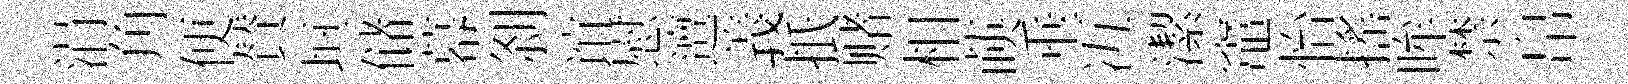
涓角便賛垣储幕𠛴谊慰邅義扺赌相𦴤垂冱潔竈怡搖眸禁帛